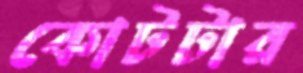
কোটটার